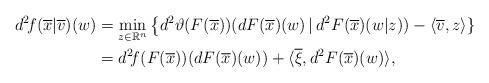
LaTeX: \begin{align*} d^2\!f(\overline{x}|\overline{v})(w) &=\min_{z\in\mathbb{R}^n}\big\{d^2\vartheta(F(\overline{x})) (dF(\overline{x})(w)\,|\,d^2F(\overline{x})(w|z))-\langle\overline{v},z\rangle\}\\ &=d^2\!f(F(\overline{x}))(dF(\overline{x})(w))+\langle \overline{\xi},d^2 F(\overline{x})(w)\rangle, \end{align*}